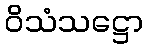
ဝိသံသဋ္ဌော